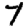
Digit: 7